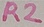
Text: R2